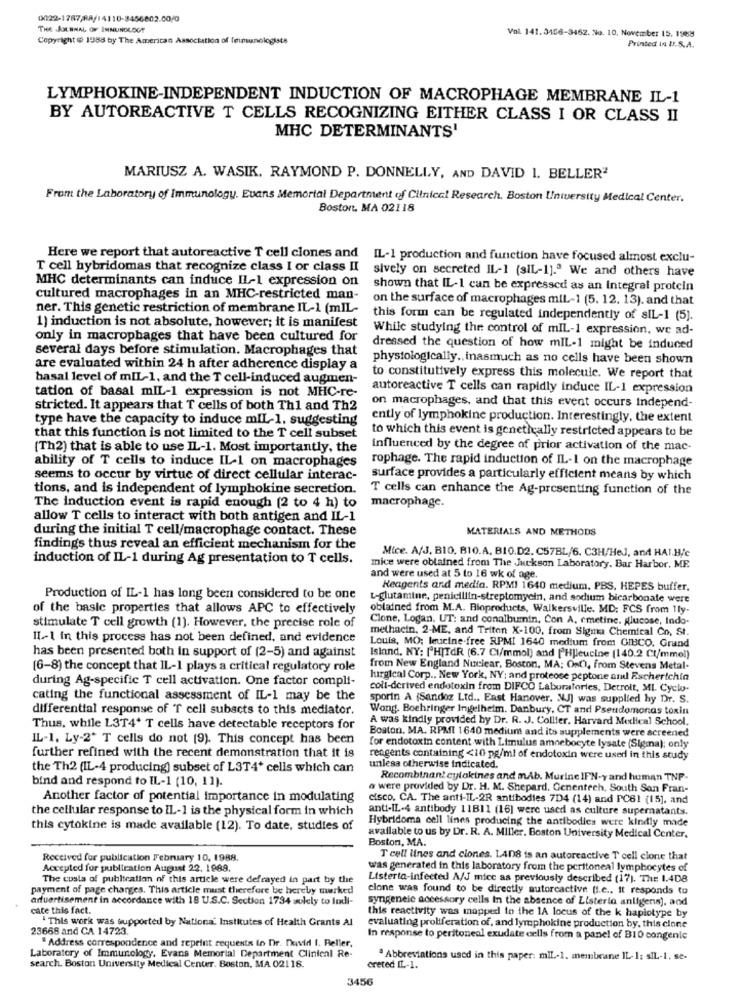
0022-1787/88/14110-3456802.00/0
THE JOURNAL OF ISINUNDLOGT
Copyright ( 1988 by The American Association of Immunologists
Vol. 141.3456-3462. No. 10. November 15. 1988
Printed in U.S.A.
LYMPHOKINE-INDEPENDENT INDUCTION OF MACROPHAGE MEMBRANE IL-1
BY AUTOREACTIVE T CELLS RECOGNIZING EITHER CLASS I OR CLASS II
MHC DETERMINANTS'
MARIUSZ A. WASIK, RAYMOND P. DONNELLY, AND DAVID 1. BELLER"
From the Laboratory of Immunology. Evans Memorial Department of Clinical Research, Boston University Medical Center.
Boston, MA 02118
Here we report that autoreactive T cell clones and IL-1 production and function have focused almost exclu-
T cell hybridomas that recognize class I or class II
sively on secreted IL-1 (sIL-1]." We and others have
MHC determinants can induce IL-1 expression on
shown that IL-1 can be expressed as an Integral protein
cultured macrophages in an MHC-restricted man-
on the surface of macrophages miL-1 (5. 12. 13). and that
ner. This genetic restriction of membrane IL-1 (mIL-
this form can be regulated independently of sIL-1 (5).
1) induction is not absolute, however; it is manifest
While studying the control of mIL-1 expression, we ad-
only in macrophages that have been cultured for
several days before stimulation. Macrophages that
dressed the question of how mIL-1 might be induced
physiologically. inasmuch as no cells have been shown
are evaluated within 24 h after adherence display a
basal level of mIL-1, and the T cell-induced augmen-
to constitutively express this molecule. We report that
tation of basal mIL-1 expression is not MHC-re-
autoreactive T cells can rapidly induce IL-1 expression
on macrophages, and that this event occurs Independ-
stricted. It appears that T cells of both Th1 and Th2
type have the capacity to induce mIL-1. suggesting
ently of lymphokine production. Interestingly, the extent
to which this event is genetically restricted appears to be
that this function is not limited to the T cell subset
(Th2) that is able to use IL-1. Most importantly, the
influenced by the degree of prior activation of the mac-
ability of T cells to induce IL-1 on macrophages
rophage. The rapid induction of IL-1 on the macrophage
seems to occur by virtue of direct cellular interac-
surface provides a particularly efficient means by which
tions, and is independent of lymphokine secretion.
T cells can enhance the Ag-presenting function of the
The induction event is rapid enough (2 to 4 h) to
macrophage.
allow T cells to interact with both antigen and IL-1
during the initial T cell/macrophage contact. These
MATERIALS AND METHODS
findings thus reveal an efficient mechanism for the
Mice. A/J, BIO, B10.A. BIO.D2. C57BL/6. C3H/Hel, and HAI.B/c
induction of IL-1 during Ag presentation to T cells.
mice were obtained from The Jackson Laboratory. Bar Harbor, ME.
and were used at 5 to 16 wk of age
Reagents and media. RPMI 1640 medium. PBS. HEPES buffer.
Production of IL-1 has long been considered to be one
L-glutamine, penicillin-streptomycin, and sodium bicarbonate were
of the basic properties that allows APC to effectively
obtained from M.A. Bioproducts, Walkersville. MD: FCS from 1ly-
Clone, Logan, UT: and conalbumin, Con A. cmetine. glucose, Indo-
stimulate T cell growth (1). However, the precise role of
methacin, 2-ME, and Triton X-100, from Sigma Chemical Co, St.
II .- 1 in this process has not been defined, and evidence
Louis, MO; leucine-free RPMI 1640 medium from GIBCO. Grand
has been presented both in support of (2-5) and against
Island, NY: ['HITdR (6.7 Cl/mmol) and [Hjleucine (140.2 Cl/mmel)
[6-8) the concept that IL-1 plays a critical regulatory role
from New England Nuclear, Boston, MA; OnC), from Stevens Metal-
during Ag-specific T cell activation. One factor compli-
lurgical Corp ., New York, NY; and proteose peptone and Escherichia
coll-derived endotoxin from DIFCO Laboratories, Detroit, MI. Cyclo-
cating the functional assessment of IL-1 may be the
sporin A (Sandoz Ltd ., East Hanover. MJ] was supplied hy Dr. S.
differential response of T cell subacts to this mediator.
Wong. Boehringer Ingelheim. Danbury, CT and Pseudomonas toxin
A was kindly provided by Dr. R. J. Collier, Harvard Mexlical School.
Thus, while L3T4+ T cells have detectable receptors for
Boston, MA. RPMI 1640 medium and its supplements were screened
IL-1. Ly-2+ T cells do not (9). This concept has been
for endotoxin content with Limulus amnebocyte lysate (Sigma); only
further refined with the recent demonstration that it is
reagents containing <10 pg/ml of endotoxin were used in this study
the Th2 (IL-4 producing) subset of L3T4* cells which can
unless otherwise indicated.
bind and respond to IL-1 (10, 11).
Recombinant cytokines and mAb. Murine IFN-y and human TNP-
a were provided by Dr. H. M. Shepard. Genentech, South San Fran-
Another factor of potential importance in modulating
cisco. CA. The anti-IL-2R antibodies 7D4 (14) and PC61 (15], and
the cellular response to IL-1 is the physical form in which
anti-IL-4 antibody 11B11 (16) were used as culture supernatants.
Hybridoma cell lines producing the antibodies were kindly made
this cytokine is made available (12). To date, studies of
available to us by Dr. R. A. Miller. Boston University Medical Center,
Boston, MA.
Received for publication February 10, 1988.
T cell lines and ciones. LA08 is an autoreactive T cell clone that
Accepted for publication August 22. 1989.
was generated in this laboratory from the peritoneal lymphocytes of
The costs of publication of this article were defrayed in part by the
Listerta-infected A/J mice as previously described (17). The 1.408
payment of page charges. This article must therefore be hereby marked
clone was found to be directly autorcactive (i.e .. it responds to
advertisement in accordance with 18 U.S.C. Section 1734 solely to indi-
syngeneic accessory cells In the absence of Listeria anligens], and
cace this fact.
.This work was supported by National Institutes of Health Grants Al
this reactivity was mapped to the 1A locus of the k hapiotype by
23668 and CA 14723.
evaluating proliferation of, and lymphokine production by, this clone
" Address correspondence and reprint requests in Dr. David I. Beller,
In response to peritoneal exudate cells from a panel of B10 congenic
Laboratory of Immunology. Evans Memorial Department Clinical Re-
· Abbreviations used in this paper: mIL-1. membrane IL-1: SIL-1. st.
search. Boston University Medical Center. Boston, MA 02118.
ereted IL-1.
3456